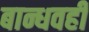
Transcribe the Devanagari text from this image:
बान्धवही